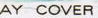
AY COVER